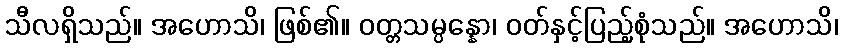
သီလရှိသည်။ အဟောသိ၊ ဖြစ်၏။ ဝတ္တသမ္ပန္နော၊ ဝတ်နှင့်ပြည့်စုံသည်။ အဟောသိ၊